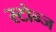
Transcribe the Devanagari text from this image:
स्टोन्ज